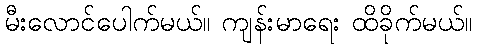
မီးလောင်ပေါက်မယ်။ ကျန်းမာရေး ထိခိုက်မယ်။